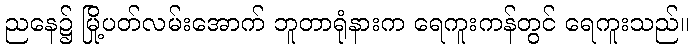
ညနေ၌ မြို့ပတ်လမ်းအောက် ဘူတာရုံနားက ရေကူးကန်တွင် ရေကူးသည်။